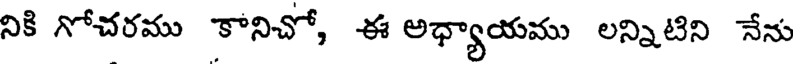
నికి గోచరము కానిచో, ఈ అధ్యాయము లన్నిటిని నేను